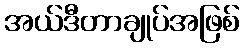
အယ်ဒီတာချုပ်အဖြစ်